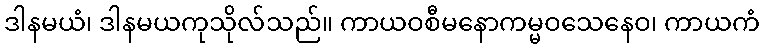
ဒါနမယံ၊ ဒါနမယကုသိုလ်သည်။ ကာယဝစီမနောကမ္မဝသေနေဝ၊ ကာယကံ